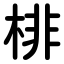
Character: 棑